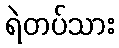
ရဲတပ်သား